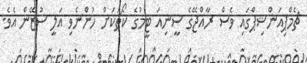
ޗެމްޕިއަންޝިޕްގައި ވެސް ރާއްޖޭގެ ސީނިއަ ޓީމުގެ ކޯޗަކަށް ހުންނެވި އަލީ ސުޒޭން އެވެ.